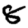
Digit: 8